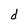
Character: d